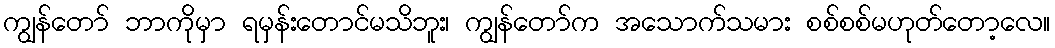
ကျွန်တော် ဘာကိုမှာ ရမှန်းတောင်မသိဘူး၊ ကျွန်တော်က အသောက်သမား စစ်စစ်မဟုတ်တော့လေ။